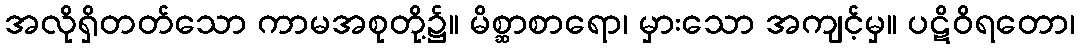
အလိုရှိတတ်သော ကာမအစုတို့၌။ မိစ္ဆာစာရော၊ မှားသော အကျင့်မှ။ ပဋိဝိရတော၊